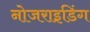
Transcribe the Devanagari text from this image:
नोजराइडिंग